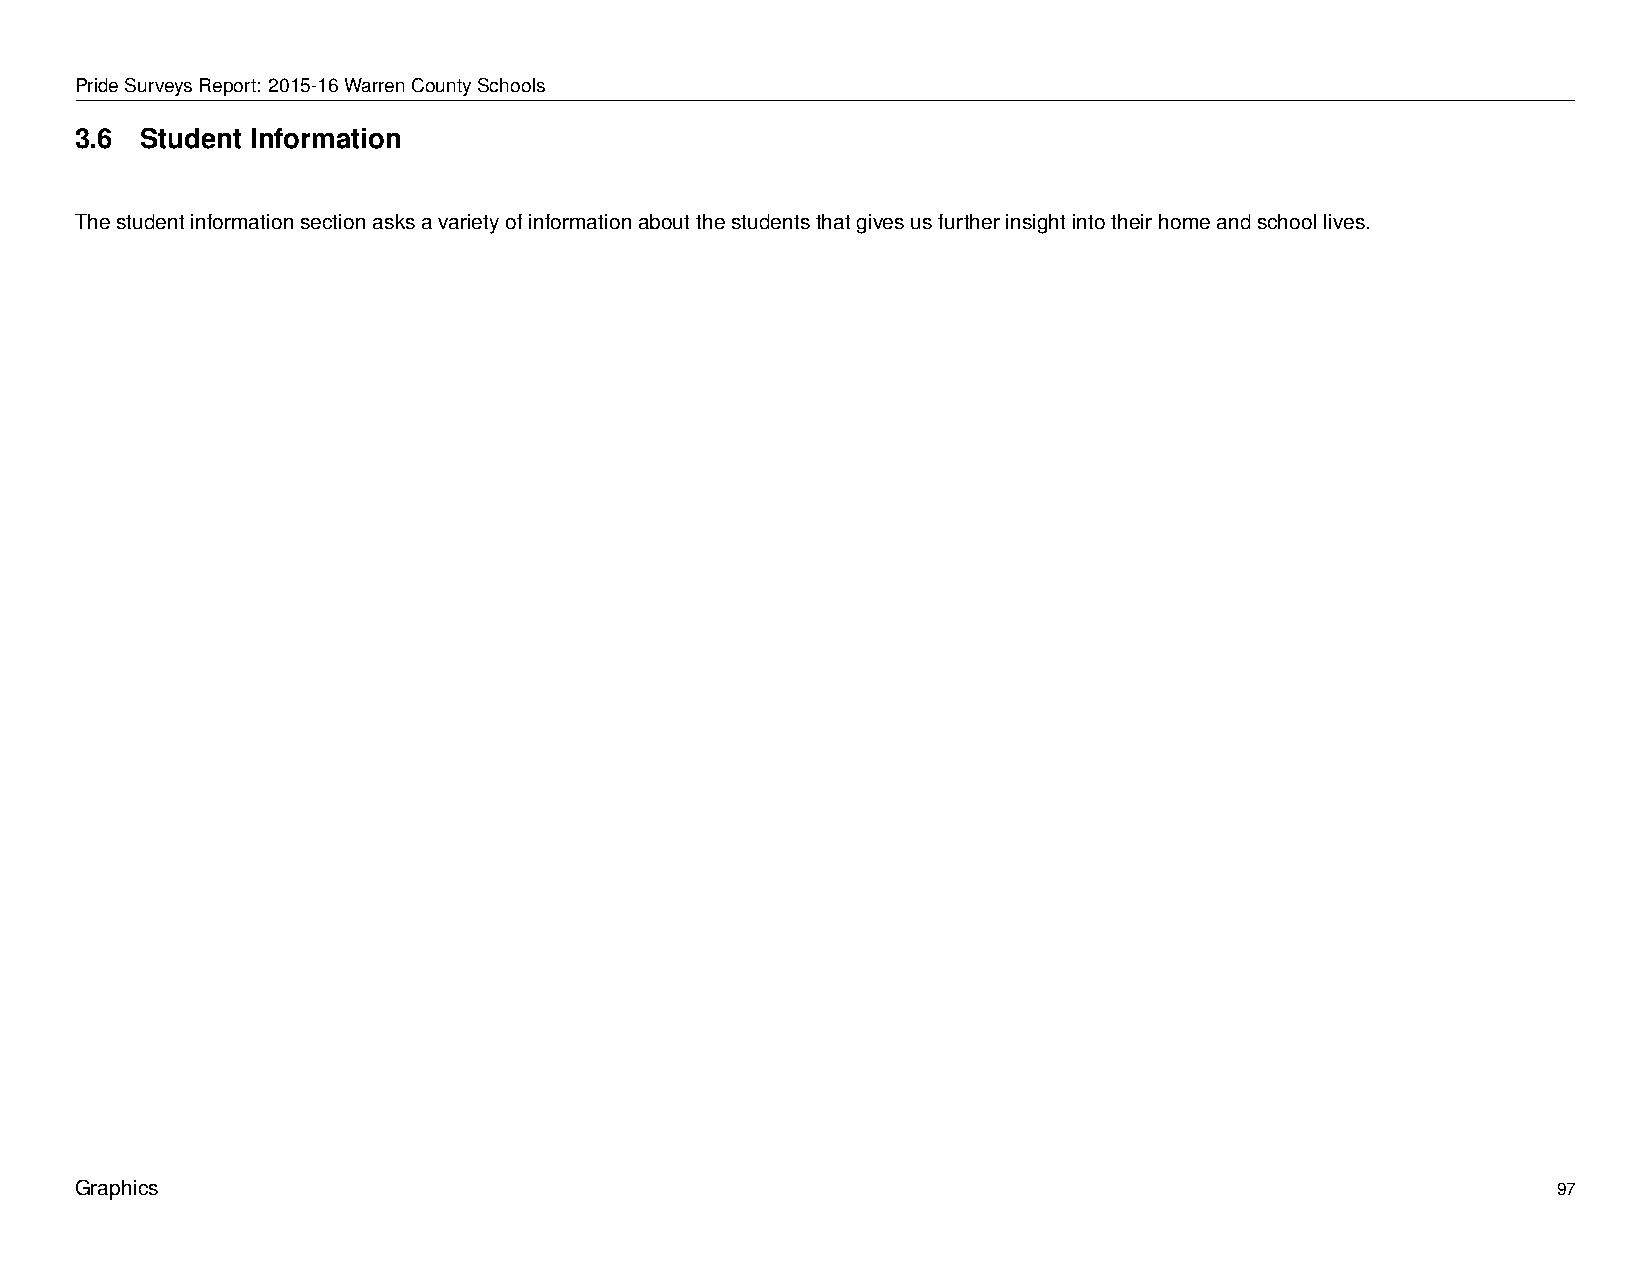
PrideSurveysReport: 2015-16WarrenCountySchools
 3.6 Student Information
 Thestudentinformationsectionasksavarietyofinformationaboutthestudentsthatgivesusfurtherinsightintotheirhomeandschoollives.
 Graphics                                                                                          97